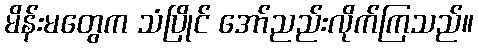
မိန်းမတွေက သံပြိုင် အော်ညည်းလိုက်ကြသည်။